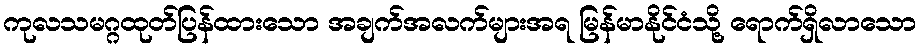
ကုလသမဂ္ဂထုတ်ပြန်ထားသော အချက်အလက်များအရ မြန်မာနိုင်ငံသို့ ရောက်ရှိလာသော